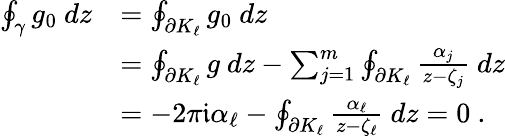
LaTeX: \begin{array}{rl}{\oint_{\gamma}g_{0}~dz}&{=\oint_{\partial K_{\ell}}g_{0}~dz}\\ &{=\oint_{\partial K_{\ell}}g~dz-\sum_{j=1}^{m}\oint_{\partial K_{\ell}}\frac{\alpha_{j}}{z-\zeta_{j}}~dz}\\ &{=-2\pi\mathfrak i\alpha_{\ell}-\oint_{\partial K_{\ell}}\frac{\alpha_{\ell}}{z-\zeta_{\ell}}~dz=0~.}\end{array}